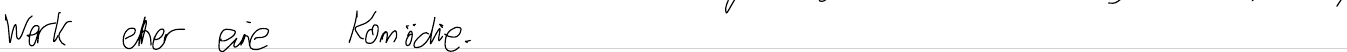
Werk eher eine Komödie.